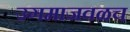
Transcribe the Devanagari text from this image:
उगमाजवळच